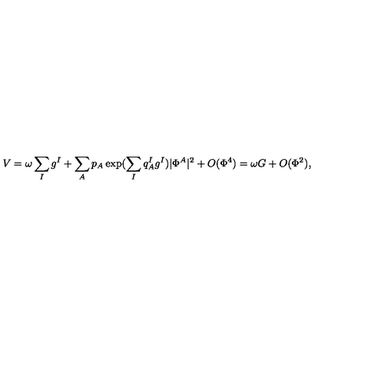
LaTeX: V = \omega \sum _ { I } g ^ { I } + \sum _ { A } p _ { A } \exp ( \sum _ { I } q _ { A } ^ { I } g ^ { I } ) | \Phi ^ { A } | ^ { 2 } + O ( \Phi ^ { 4 } ) = \omega G + O ( \Phi ^ { 2 } ) ,